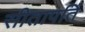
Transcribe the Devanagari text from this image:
सीतापतिं